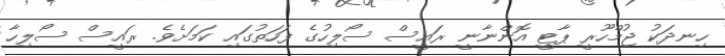
ހިނދަކު ޖުމްހޫރީ ޕާޓީ އޮންނާނީ ރައީސް ސޯލިހުގެ ފަހަތުގައި ކަމަށެވެ. ރައީސް ސޯލިހާ